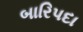
બારિપદા